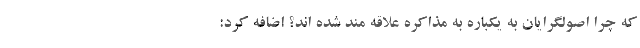
که چرا اصولگرایان به یکباره به مذاکره علاقه مند شده اند؟ اضافه کرد: